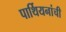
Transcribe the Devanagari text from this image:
पार्थियनांची